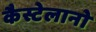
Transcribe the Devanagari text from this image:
कैस्टेलानो